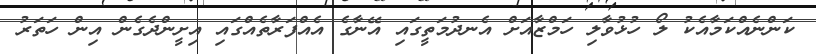
ކަންނެއްކަމާއެކު ލޯ ހުޅުވާލި ހަމްޒާއަށް އެނދުމަތީގައި އޭނާގެ އެއްފަރާތެއްގައި އިށީންދެގެން އިން ހަތަރު